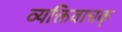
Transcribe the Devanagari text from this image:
व्यक्तिवाचक्